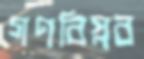
গণবিপ্লব